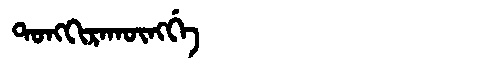
Manchu: ᡨᠣᠩᡴᡳᡵᠠᡴᡡᠩᡤᡝ
Romanization: TONGKIRAKŪNGGE